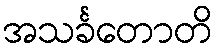
အသင်္ခတောတိ